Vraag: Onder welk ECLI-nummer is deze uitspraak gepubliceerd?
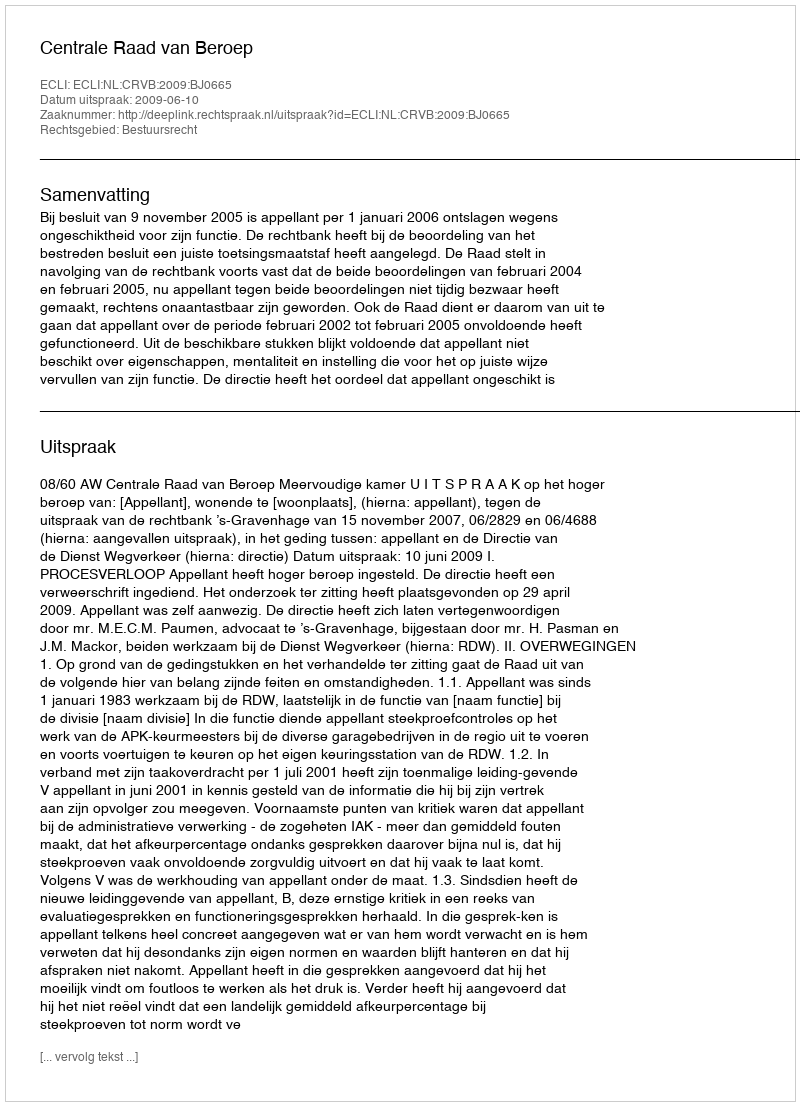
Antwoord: ECLI:NL:CRVB:2009:BJ0665